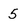
Character: 5